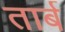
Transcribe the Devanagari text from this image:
तार्ब